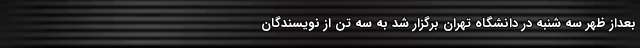
بعداز ظهر سه شنبه در دانشگاه تهران برگزار شد به سه تن از نویسندگان